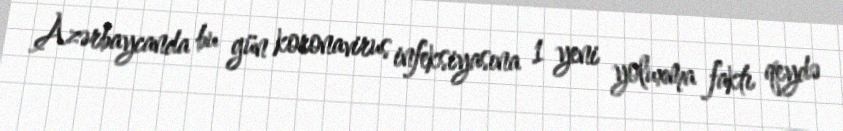
Azərbaycanda bu gün koronavirus infeksiyasına 1 yeni yoluxma faktı qeydə